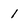
Character: 1